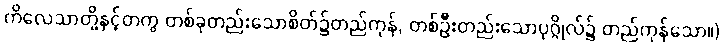
ကိလေသာတို့နှင့်တကွ တစ်ခုတည်းသောစိတ်၌တည်ကုန်, တစ်ဦးတည်းသောပုဂ္ဂိုလ်၌ တည်ကုန်သော။)